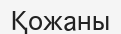
Қожаны